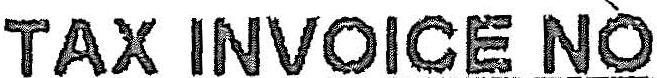
TAX INVOICE NO